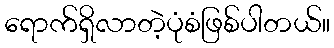
ရောက်ရှိလာတဲ့ပုံစံဖြစ်ပါတယ်။